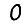
Digit: 0